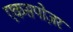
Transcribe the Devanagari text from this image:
एकसपोज़र